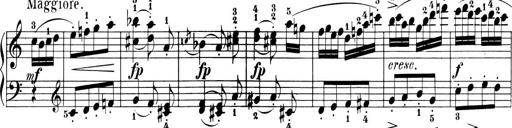
Title: 6 Piano Sonatinas
Composer: Cornelius Gurlitt